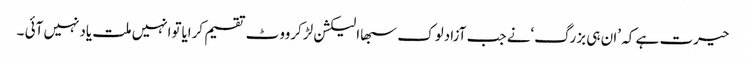
حیرت ہے کہ ’ان ہی بزرگ‘نے جب آزادلوک سبھاالیکشن لڑکرووٹ تقسیم کرایاتوانہیں ملت یادنہیں آئی ۔